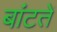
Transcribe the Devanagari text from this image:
बांटतें